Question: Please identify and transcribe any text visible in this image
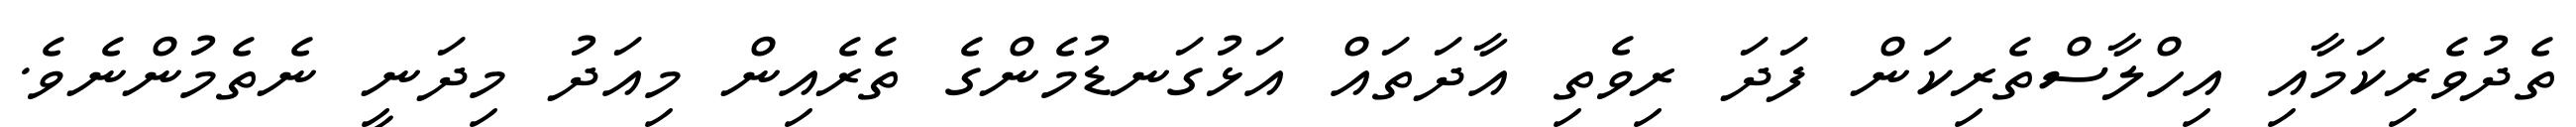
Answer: ތެދުވެރިކަމާއި އިހްލާސްތެރިކަން ފަދަ ރިވެތި އާދަތައް އަޅުގަނޑުމެންގެ ތެރެއިން މިއަދު މިދަނީ ނެތެމުންނެވެ.